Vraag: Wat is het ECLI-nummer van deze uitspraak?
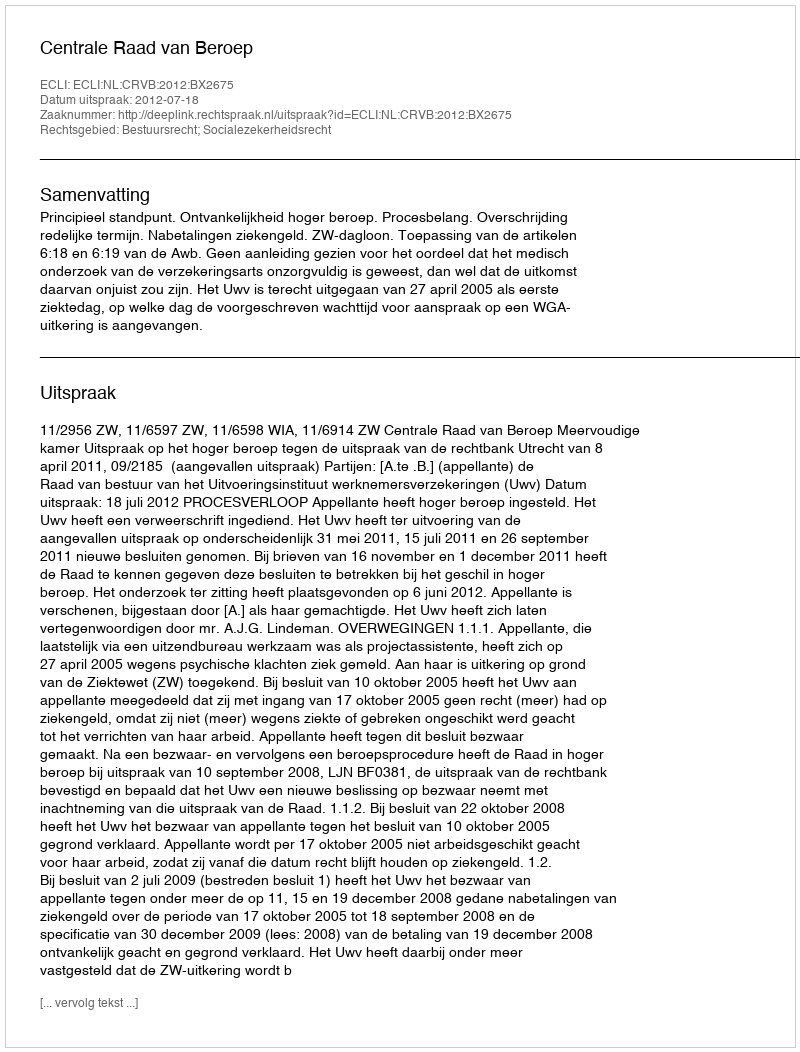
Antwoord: ECLI:NL:CRVB:2012:BX2675